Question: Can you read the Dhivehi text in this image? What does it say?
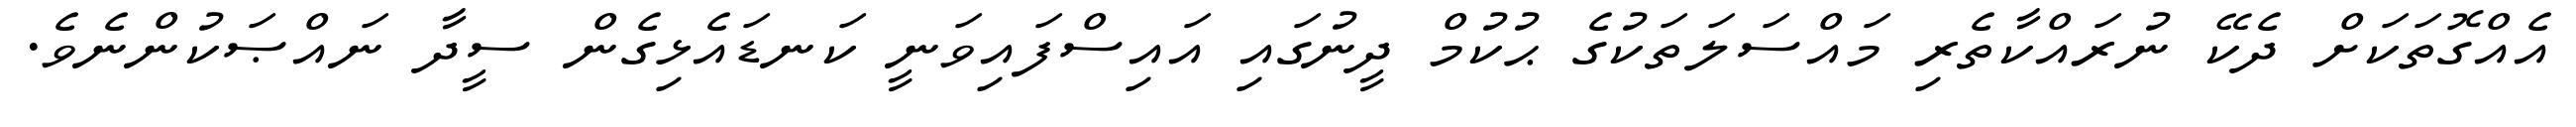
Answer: އެއްގޮތަކަށް ދެކޭ ނުރައްކާތެރި މައްސަލަތަކުގެ ޙުކުމް ދީނުގައި އައިސްފައިވަނީ ކަނޑައެޅިގެން ސީދާ ނައްޞަކުންނެވެ.